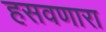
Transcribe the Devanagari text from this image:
हसवणारा